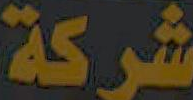
شركة